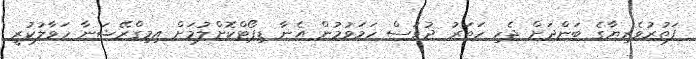
ފަތުރުވެރިޔާގެ ބަންދަށް ޖެހި ހަތަރު ދުވަސް ހަމަވުމުން އެނާ ޑިޕޯޓްކޮށްލުމަށް އިމިގްރޭޝަނާ ހަވާލުކުރީ